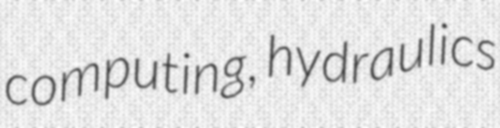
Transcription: computing, hydraulics